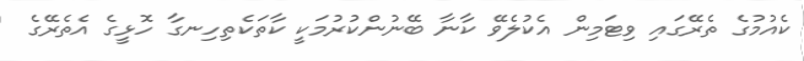
ކެއުމުގެ ތެރޭގައި ވިޓަމިން އެކުލެވޭ ކާނާ ބޭނުންކުރުމަކީ ކާތަކެތިހިނގާ ހޮޅީގެ އެތެރޭގެ